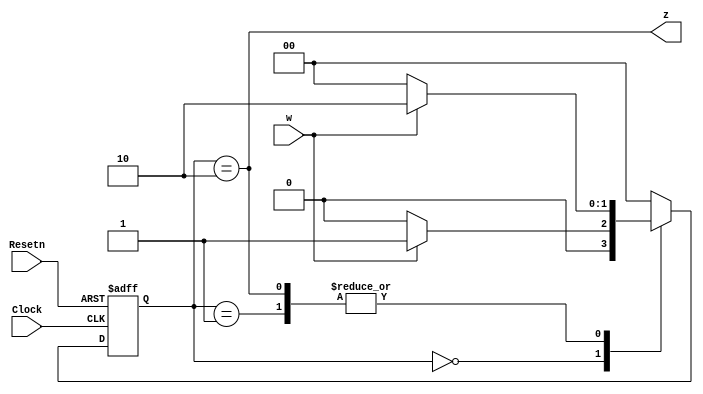
module moore_fsm_2 (Clock, Resetn, w, z);
    input Clock, Resetn, w;
    output z;
    reg z;
    reg [2:1] y, Y;
    parameter [2:1] A = 2'b00, B = 2'b01, C = 2'b10;
// Define the next state and output combinational circuits
    always @(w or y)
        begin
            case (y)
                A:  if (w) Y = B;
                    else Y = A;
                B:  if (w) Y = C;
                    else Y = A;
                C:  if (w) Y = C;
                    else Y = A;
                default: Y = 2'b00;
            endcase
            z = (y == C); //Define output
        end
// Define the sequential block
    always @(negedge Resetn or posedge Clock)
        if (Resetn == 0) y <= A;
        else y <= Y;

endmodule